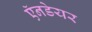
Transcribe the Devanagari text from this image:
ऍनडेयर